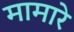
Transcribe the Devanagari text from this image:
मामारे